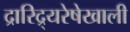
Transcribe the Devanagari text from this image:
द्रारिद्र्यरेषेखाली